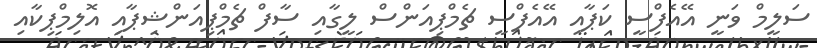
ސަލީމް ވަނީ އޭއެފްސީ ކަޕާއި އޭއެފްސީ ޗެމްޕިއަންސް ލީގާއި ސާފް ޗެމްޕިއަންޝިޕާއި އޮލިމްޕިކާއި